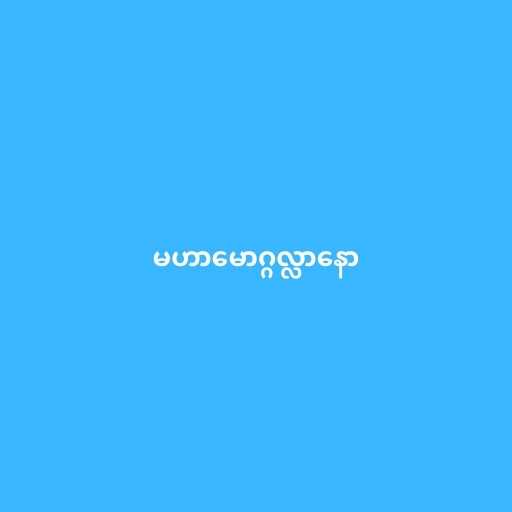
မဟာမောဂ္ဂလ္လာနော